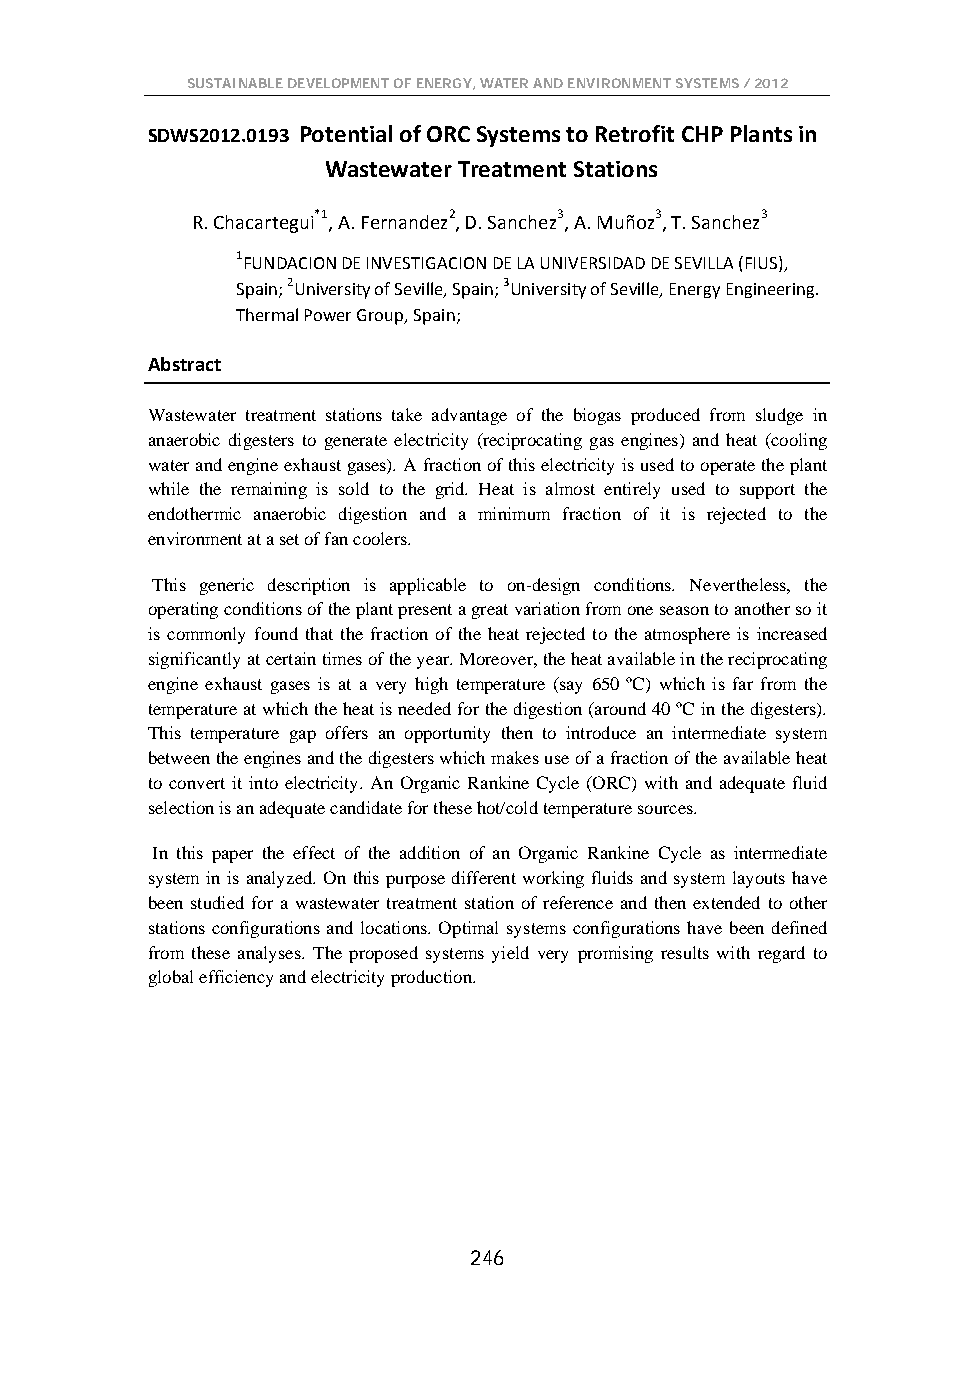
SUSTAINABLE DEVELOPMENT OF ENERGY, WATER AND ENVIRONMENT SYSTEMS / 2012
 SDWS2012.0193 Potential of ORC Systems to Retrofit CHP Plants in
 Wastewater Treatment Stations
 R. Chacartegui*1, A. Fernandez2, D. Sanchez3, A. Muñoz3, T. Sanchez3
 1FUNDACION DE INVESTIGACION DE LA UNIVERSIDAD DE SEVILLA (FIUS),
 Spain; 2University of Seville, Spain; 3University of Seville, Energy Engineering.
 Thermal Power Group, Spain;
 Abstract
 Wastewater treatment stations take advantage of the biogas produced from sludge in
 anaerobic digesters to generate electricity (reciprocating gas engines) and heat (cooling
 water and engine exhaust gases). A fraction of this electricity is used to operate the plant
 while the remaining is sold to the grid. Heat is almost entirely used to support the
 endothermic anaerobic digestion and a minimum fraction of it is rejected to the
 environment at a set of fan coolers.
 This generic description is applicable to on-design conditions. Nevertheless, the
 operating conditions of the plant present a great variation from one season to another so it
 is commonly found that the fraction of the heat rejected to the atmosphere is increased
 significantly at certain times of the year. Moreover, the heat available in the reciprocating
 engine exhaust gases is at a very high temperature (say 650 ºC) which is far from the
 temperature at which the heat is needed for the digestion (around 40 ºC in the digesters).
 This temperature gap offers an opportunity then to introduce an intermediate system
 between the engines and the digesters which makes use of a fraction of the available heat
 to convert it into electricity. An Organic Rankine Cycle (ORC) with and adequate fluid
 selection is an adequate candidate for these hot/cold temperature sources.
 In this paper the effect of the addition of an Organic Rankine Cycle as intermediate
 system in is analyzed. On this purpose different working fluids and system layouts have
 been studied for a wastewater treatment station of reference and then extended to other
 stations configurations and locations. Optimal systems configurations have been defined
 from these analyses. The proposed systems yield very promising results with regard to
 global efficiency and electricity production.
 246